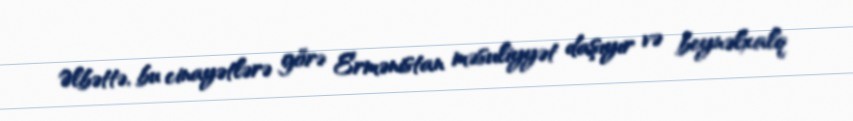
Əlbəttə, bu cinayətlərə görə Ermənistan məsuliyyət daşıyır və beynəlxalq